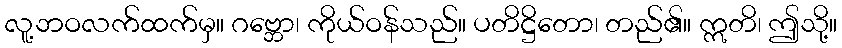
လူ့ဘဝလက်ထက်မှ။ ဂဗ္ဘော၊ ကိုယ်ဝန်သည်။ ပတိဋ္ဌိတော၊ တည်၏။ ဣတိ၊ ဤသို့။